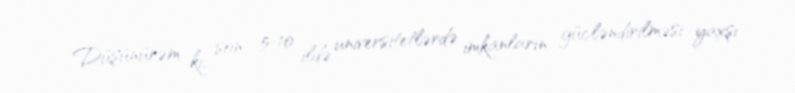
Düşünürəm ki, son 5-10 ildə universitetlərdə imkanların gücləndirilməsi yaxşı